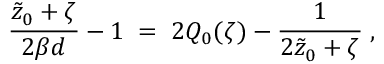
{ \frac { \tilde { z } _ { 0 } + \zeta } { 2 \beta d } } - 1 \; = \; 2 Q _ { 0 } ( \zeta ) - { \frac { 1 } { 2 \tilde { z } _ { 0 } + \zeta } } \; ,